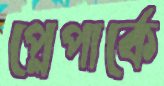
প্লেপার্কে